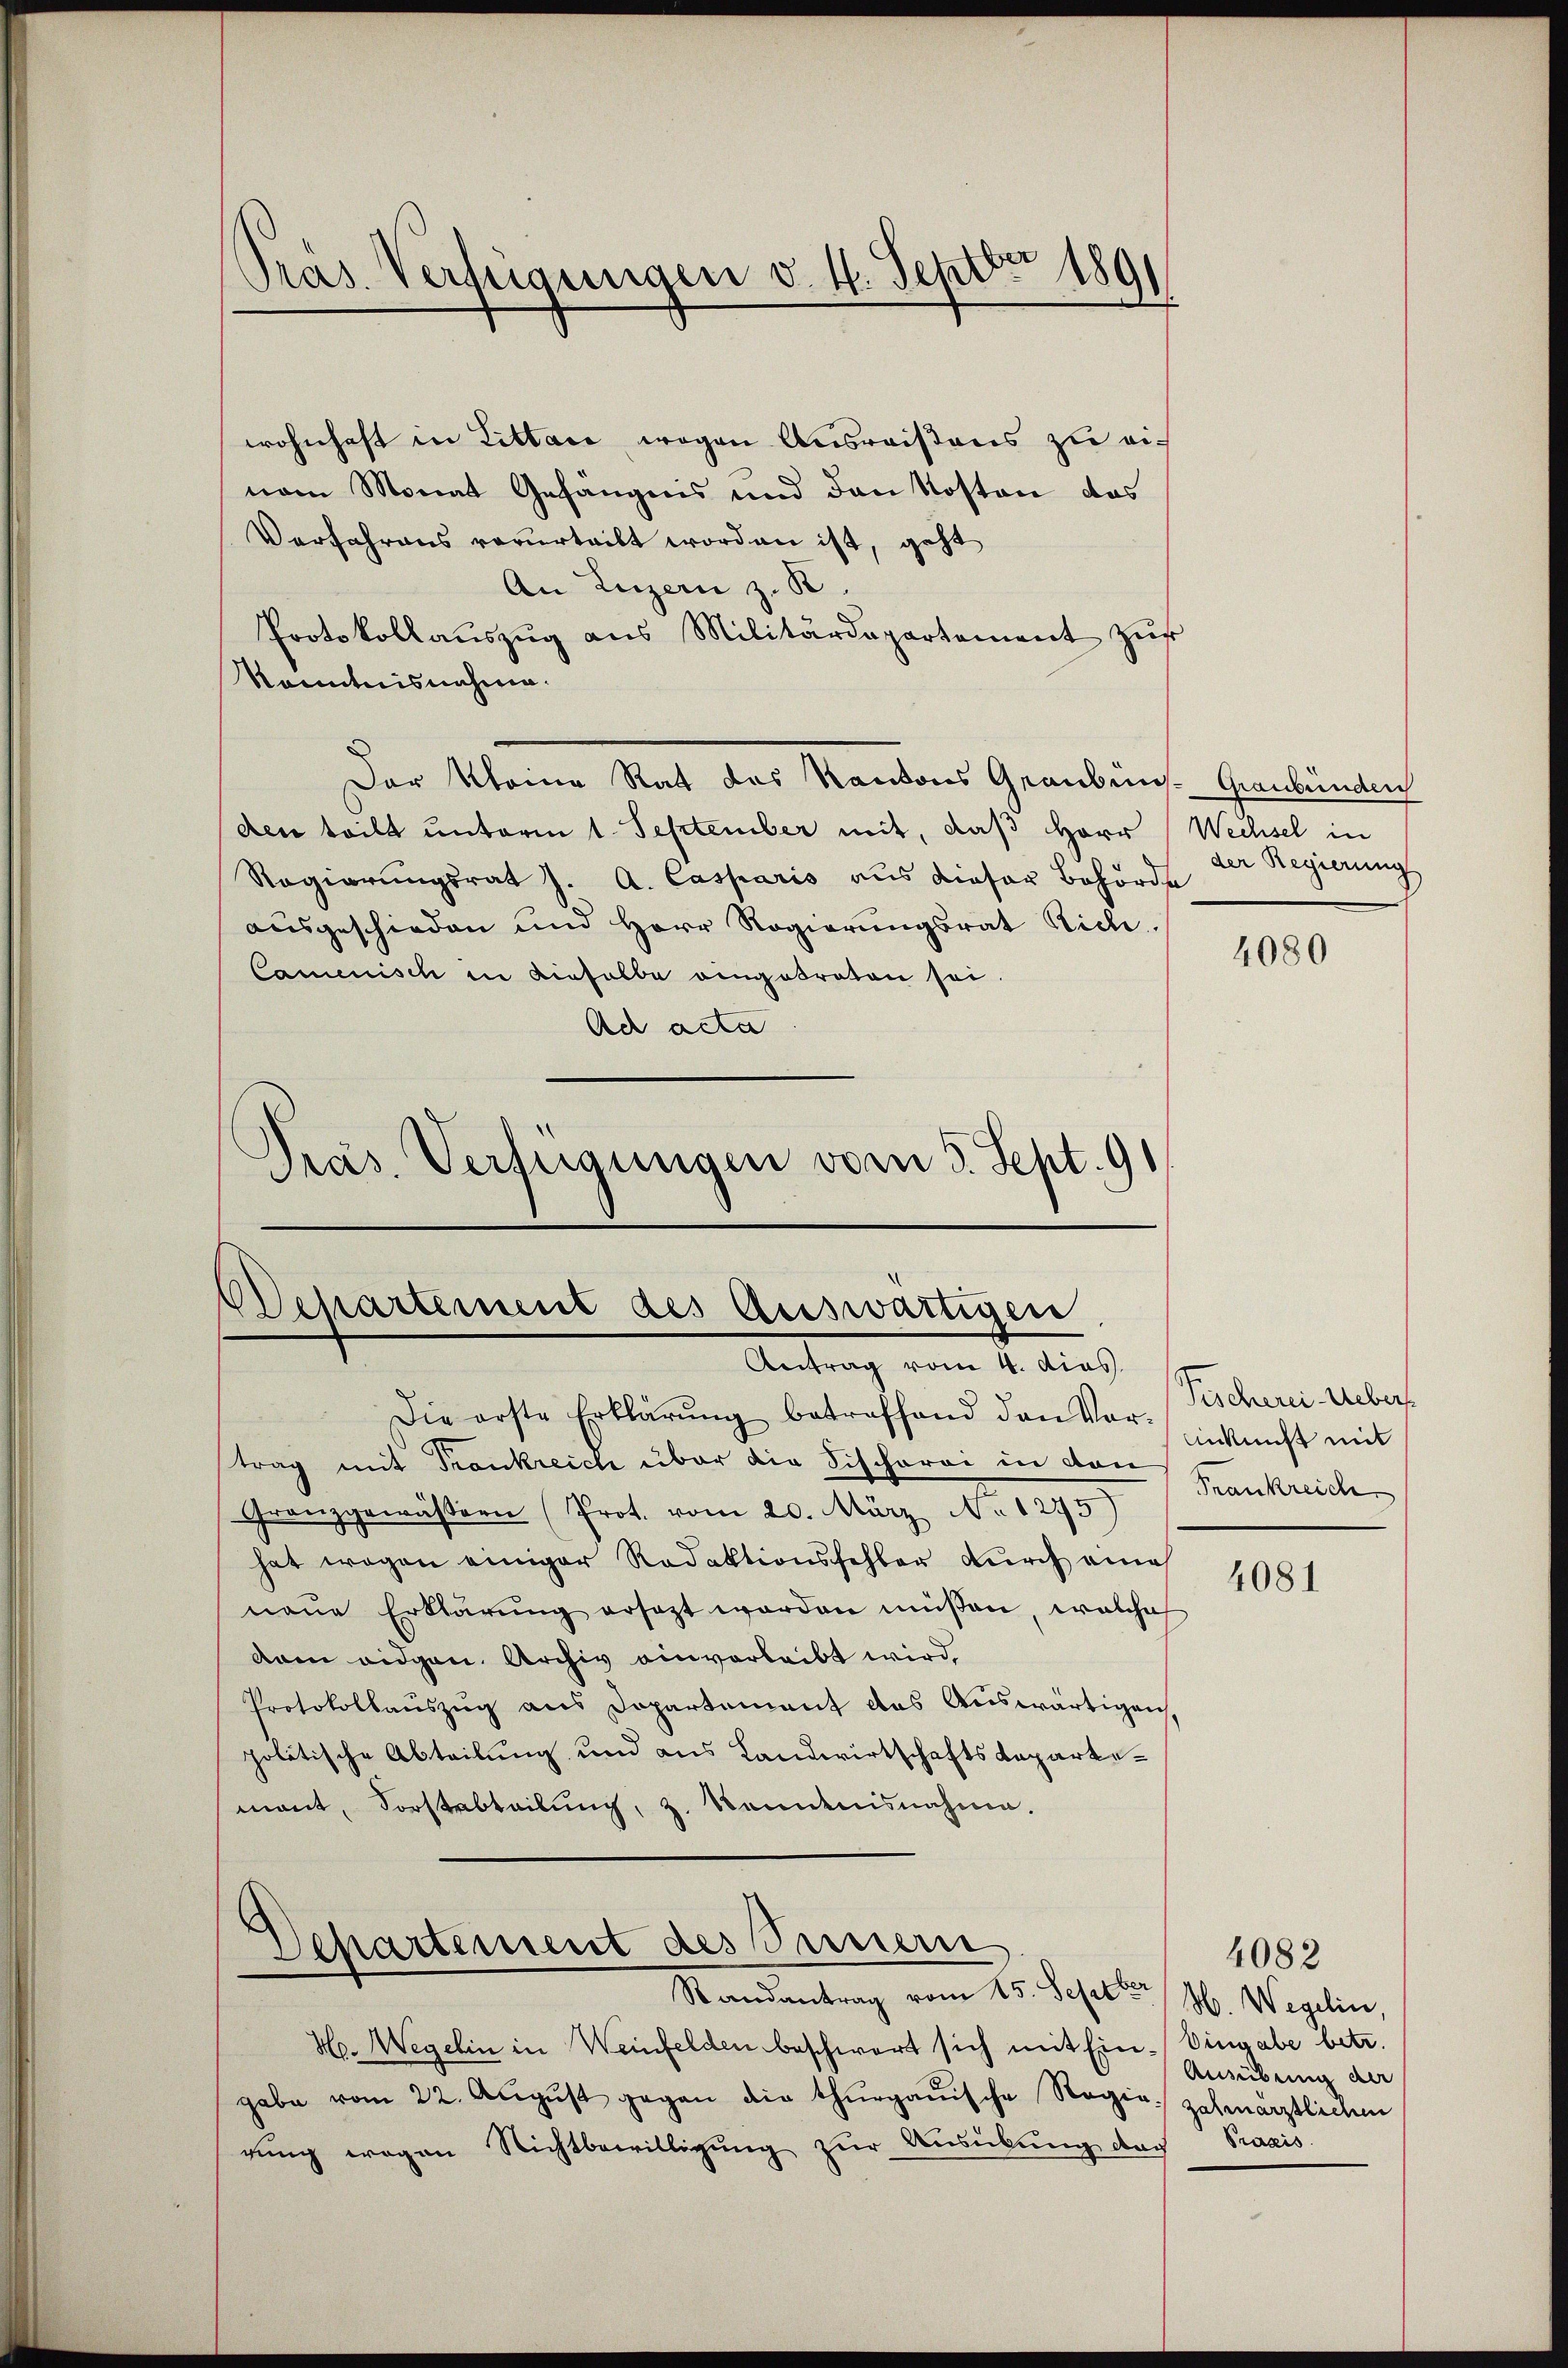
Pras. Verfügungen v. 4. Sept. 1891

wohnhaft in Littace wegen Ausreistens zu einem Monat Gefängnis und den Kosten das
Verfahrens verurteilt worden ist, geht
An Luzern z. B.
Protokollauszug aus Militärdepartement zur
Kenntnisnahme.
Der Kleine Rat des Kantons Graubüns- Graubünden
den teilt unterm 1. September mit, daß Herr Wechsel in
Regierŭngsrat J. A. Casparis aus dieser Behörde
ausgeschieden und Herr Regierungsrat Rich
Camenisch in dieselbe eingebraten sei.
Ad acta
Präs. Verfügungen vom 5. Sept. 91

Dechartement des Auswärtigen
Antrag vom 4. dies

Die erste Erklärung betreffend den Vor- (Pischerei Uebertrag mit Trankreich über die Schcharei in den
Granzgewässern (Prot. vom 20. März No 1275)
hat wegen einiger Redaktionsfehler durch eine
neue Erklärŭng ersezt worden müßen, welche
dam eidgen. Archiv einverleibt wird.
Protokollauszug aus Dopartement das Auswärtigen,
politische Abteilung und aus Landwirtschaftsdepartemont, Sorstabteilung, z. Kenntnisnahme.

Departement des Sinnern
Randantrag vom 25. Septer / M. Wegelin,

der Regierung

H. Wegelin in Weinfelden beschwert sich mit Ein-Eingabe betr.
gabe vom 22. Aŭgŭst gegen die thurgauische Regie zahmärztlichen
rung wegen Nichtbewilligung zur Ausübung der Praxis

4080

Anknicht mit
Frankreich

4081

Ausübung der

4082